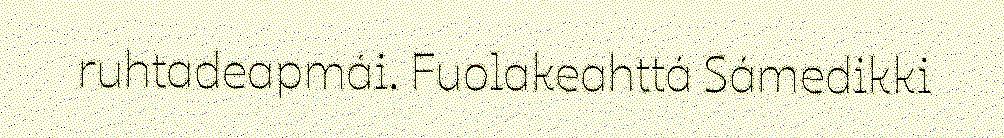
ruhtadeapmái. Fuolakeahttá Sámedikki